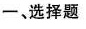
-、选择题